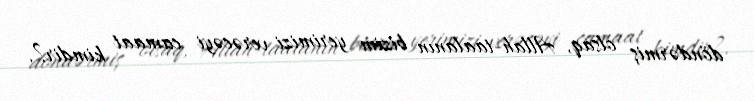
döndərmiş olsaq, Allah-taalanın bizim yerimizi verəcəyi camaat kimdir?.